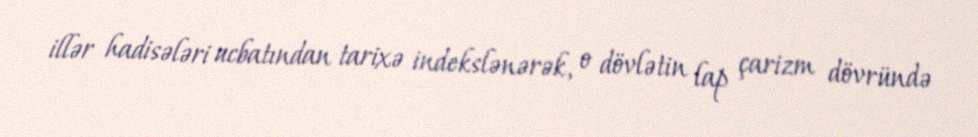
illər hadisələri ucbatından tarixə indekslənərək, o dövlətin lap çarizm dövründə